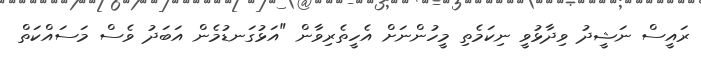
ރައީސް ނަޝީދު ވިދާޅުވީ ނިކަމެތި މީހުންނަށް އެހީތެރިވާން "އަޅުގަނޑުމެން އަބަދު ވެސް މަސައްކަތް